Statistics compiled by the Government of India from the reports of provincial Civil Veterinary Departments
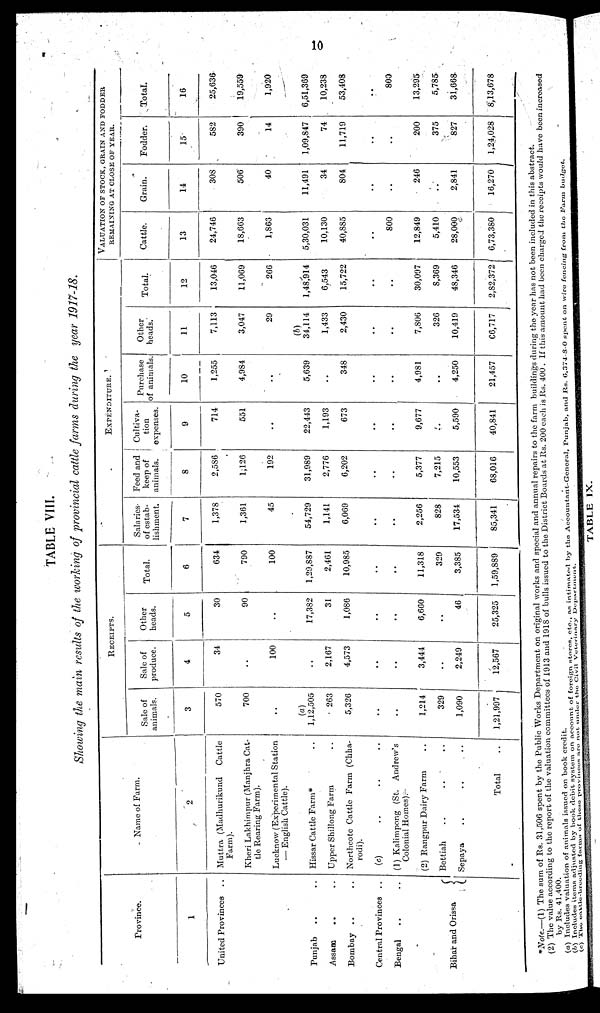
10
TABLE VIII.
Showing the main results of the working of provincial cattle farms during the year 1917-18.
Province.
1
United Provinces ..
Punjab .. ..
Assam .. ..
Bombay .. ..
Central Provinces . .
Bengal .. ..
Bihar and Orissa
Name of Farm.
2
Muttra (Madhurikund
Cattle
Farm).
Kheri Lakhimpur (Manjhra Cat-
tle Rearing Farm).
Lucknow (Experimental Station
— English Cattle).
Hissar Cattle Farm* ..
Upper Shillong Farm ..
Northcote Cattle Farm (Chha-
rodi).
(c) .. .. ..
(1) Kalimpong (St. Andrew's
Colonial Homes).
(2) Rangpur Dairy Farm ..
Bettiah .. .. ..
Sepaya .. .. ..
Total ..
RECEIPTS.
Sale of
animals.
3
570
700
..
(a)
1,12,505
263
5,326
..
..
1,214
329
1,090
1,21,997
Sale of
produce.
4
34
..
100
..
2,167
4,573
..
..
3,444
..
2,249
12,567
Other
heads.
5
30
90
..
17,382
31
1,086
..
..
6,660
..
46
25,325
Total.
6
634
790
100
1,29,887
2,461
10,985
..
11,318
329
3,385
1,59,889
EXPENDITURE..
Salaries
of estab-
lishment.
7
1,378
1,361
45
54,729
1,141
6,069
..
..
2,256
828
17,534
85,341
Feed and
keep of
animals.
8
2,586
1,126
192
31,989
2,776
6,202
..
..
5,377
7,215
10,553
68,016
Cultiva-
tion
expenses.
9
714
551
..
22,443
1,193
673
..
..
9,677
..
5,590
40,841
Purchase
of animals
10
1,255
4,984
..
5,639
..
348
..
..
4,981
..
4,250
21,457
Other
heads.
11
7,113
3,047
29
(b)
34,114
1,433
2,430
..
..
7,806
326
10,419
66,717
Total.
..
12
13,046
11,069
266
1,48,914
6,543
15,722
..
..
30,097
8,369
48,346
2,82,372
VALUATION OF STOCK, GRAIN AND FODDER
REMAINING AT CLOSE OF YEAR.
Cattle.
13
24,746
18,863
1,866
5,30,031
10,130
40,885
..
800
12,849
5,410
28,000
6,73,380
Grain.
14
308
506
40
11,491
34
804
..
..
246
..
2,841
16,270
Fodder.
15
582
390
14
1,09,847
74
11,719
..
..
200
375
827
1,24,028
Total.
16
25,636
19,559
1,920
6,51,369
10,238
53,408
..
800
13,295
5,785
31,668
8,13,678
*Note.
(1) The sum of Rs. 31,506 spent by the Public Works Department on original works and special and annual repairs to the farm buildings during the year has not been included in this abstract.
(2) The value according to the report of the valuation committees of 1913 and 1918 of bulls issued to the District Boards at Rs. 200 each is Rs. 400 . If this amount had been charged the receipts would have been increased
by Rs. 41,400.
(a) Includes valuation of animals issued on book credit.
(b) Includes items adjusted by book debit system on account of foreign stores, etc., as intimated by the Accountant-General, Punjab, and Rs. 6,374-8-0 spent on wire fencing from the Farm budget.
(c) The cattle breeding farms of these provinces are not
under
the
Civil
Veterinary
Department.